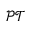
\mathcal { P T }